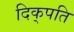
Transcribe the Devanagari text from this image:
दिक्‌पति